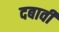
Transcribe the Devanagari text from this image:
दबावी